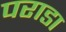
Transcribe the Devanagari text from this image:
पराडा